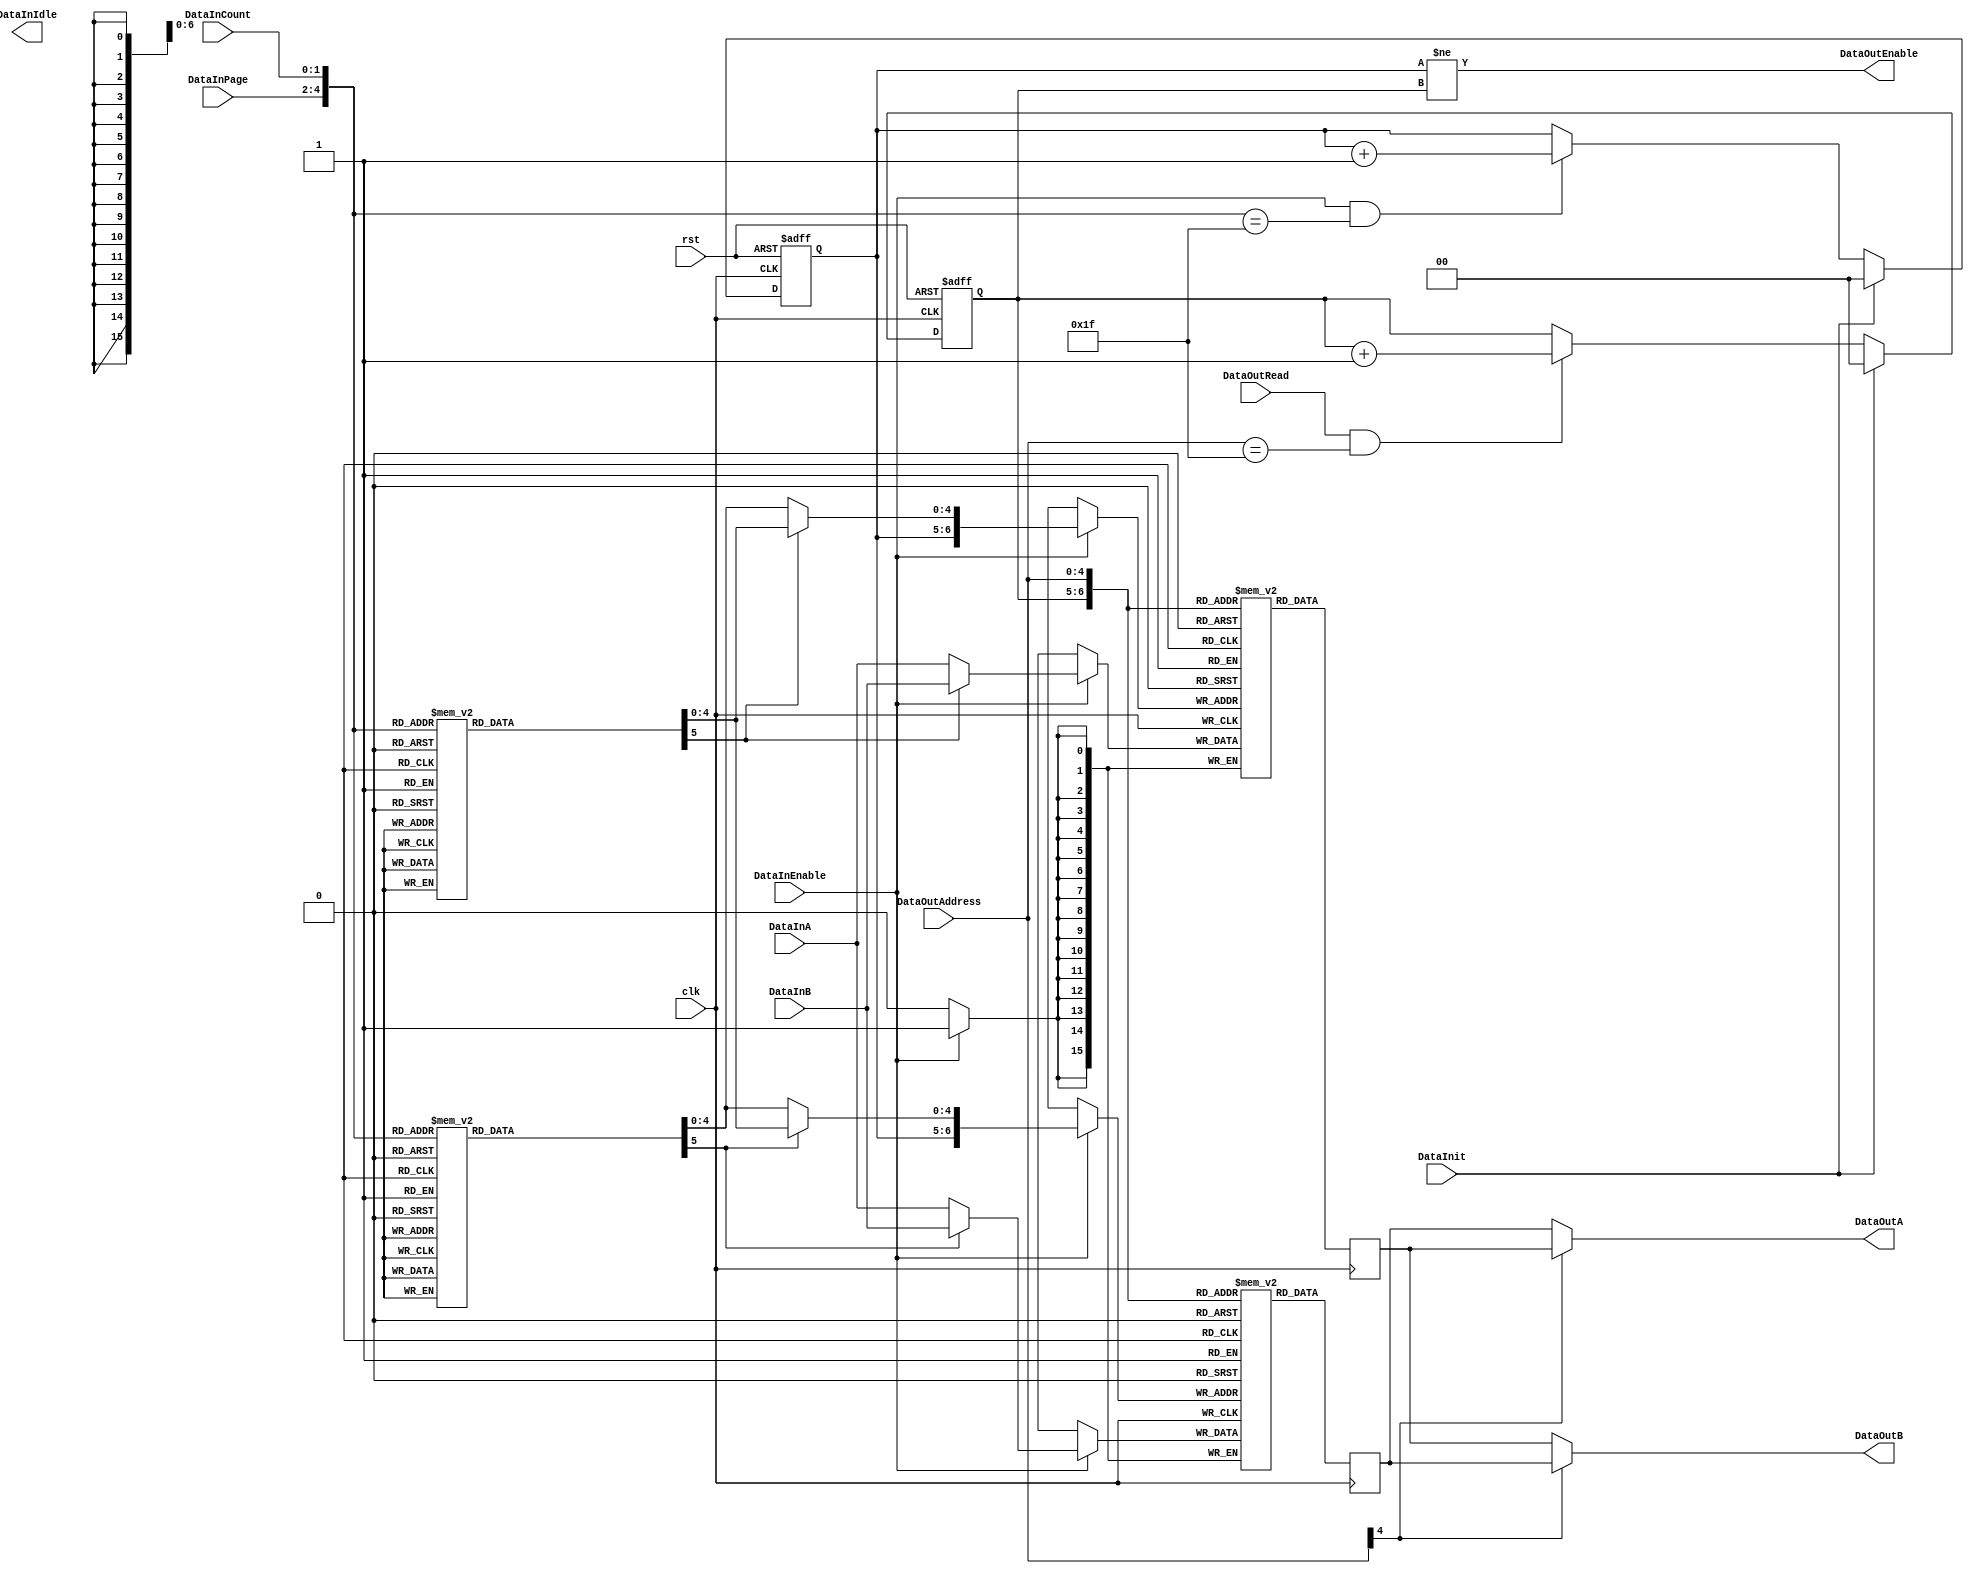
/*
* aq_djpeg_idctb.b
* Copyright (C)2006-2013 H.Ishihara
*
* License: The Open Software License 3.0
* License URI: http://www.opensource.org/licenses/OSL-3.0
*
* For further information please contact.
*   http://www.aquaxis.com/
*   info(at)aquaxis.com or hidemi(at)sweetcafe.jp
*/
`timescale 1ps / 1ps

module aq_djpeg_idctb(
    input           clk,
    input           rst,

    input           DataInit,

    input           DataInEnable,
    input [2:0]     DataInPage,
    input [1:0]     DataInCount,
    output          DataInIdle,
    input [15:0]    DataInA,
    input [15:0]    DataInB,

    output          DataOutEnable,
    input           DataOutRead,
    input [4:0]     DataOutAddress,
    output [15:0]   DataOutA,
    output [15:0]   DataOutB
);
    wire [4:0]      DataInAddress;
    reg [1:0]       WriteBank, ReadBank;

    assign DataInAddress = {DataInPage, DataInCount};

    // Bank
    always @(posedge clk or negedge rst) begin
        if(!rst) begin
            WriteBank <= 2'd0;
            ReadBank <= 2'd0;
        end else begin
            if(DataInit) begin
                WriteBank <= 2'd0;
            end else if(DataInEnable && (DataInAddress == 5'h1F)) begin
                WriteBank <= WriteBank + 2'd1;
            end
            if(DataInit) begin
                ReadBank <= 2'd0;
            end else if(DataOutRead && (DataOutAddress == 5'h1F)) begin
                ReadBank <= ReadBank + 2'd1;
            end
        end
    end

    wire [5:0]  WriteQueryA, WriteQueryB;

    // Make a Write Address
    function [5:0] F_WriteQueryA;
        input [4:0] Count;
        case(Count)
            5'd0:  F_WriteQueryA = {1'd0, 5'd0};    // 0
            5'd1:  F_WriteQueryA = {1'd0, 5'd4};    // 1
            5'd2:  F_WriteQueryA = {1'd0, 5'd8};    // 2
            5'd3:  F_WriteQueryA = {1'd0, 5'd12};   // 3
            5'd4:  F_WriteQueryA = {1'd0, 5'd2};    // 8
            5'd5:  F_WriteQueryA = {1'd0, 5'd6};    // 9
            5'd6:  F_WriteQueryA = {1'd0, 5'd10};   // 10
            5'd7:  F_WriteQueryA = {1'd0, 5'd14};   // 11
            5'd8:  F_WriteQueryA = {1'd0, 5'd1};    // 16
            5'd9:  F_WriteQueryA = {1'd0, 5'd5};    // 17
            5'd10: F_WriteQueryA = {1'd0, 5'd9};    // 18
            5'd11: F_WriteQueryA = {1'd0, 5'd13};   // 19
            5'd12: F_WriteQueryA = {1'd1, 5'd3};    // 24
            5'd13: F_WriteQueryA = {1'd1, 5'd7};    // 25
            5'd14: F_WriteQueryA = {1'd1, 5'd11};   // 26
            5'd15: F_WriteQueryA = {1'd1, 5'd15};   // 27
            5'd16: F_WriteQueryA = {1'd1, 5'd0};    // 32
            5'd17: F_WriteQueryA = {1'd1, 5'd4};    // 33
            5'd18: F_WriteQueryA = {1'd1, 5'd8};    // 34
            5'd19: F_WriteQueryA = {1'd1, 5'd12};   // 35
            5'd20: F_WriteQueryA = {1'd0, 5'd3};    // 40
            5'd21: F_WriteQueryA = {1'd0, 5'd7};    // 41
            5'd22: F_WriteQueryA = {1'd0, 5'd11};   // 42
            5'd23: F_WriteQueryA = {1'd0, 5'd15};   // 43
            5'd24: F_WriteQueryA = {1'd1, 5'd1};    // 48
            5'd25: F_WriteQueryA = {1'd1, 5'd5};    // 49
            5'd26: F_WriteQueryA = {1'd1, 5'd9};    // 50
            5'd27: F_WriteQueryA = {1'd1, 5'd13};   // 51
            5'd28: F_WriteQueryA = {1'd1, 5'd2};    // 56
            5'd29: F_WriteQueryA = {1'd1, 5'd6};    // 57
            5'd30: F_WriteQueryA = {1'd1, 5'd10};   // 58
            5'd31: F_WriteQueryA = {1'd1, 5'd14};   // 59
        endcase
    endfunction

    function [5:0] F_WriteQueryB;
        input [4:0] Count;
        case(Count)
            5'd0:  F_WriteQueryB = {1'd1, 5'd28};   // 7
            5'd1:  F_WriteQueryB = {1'd1, 5'd24};   // 6
            5'd2:  F_WriteQueryB = {1'd1, 5'd20};   // 5
            5'd3:  F_WriteQueryB = {1'd1, 5'd16};   // 4
            5'd4:  F_WriteQueryB = {1'd1, 5'd30};   // 15
            5'd5:  F_WriteQueryB = {1'd1, 5'd26};   // 14
            5'd6:  F_WriteQueryB = {1'd1, 5'd22};   // 13
            5'd7:  F_WriteQueryB = {1'd1, 5'd18};   // 12
            5'd8:  F_WriteQueryB = {1'd1, 5'd29};   // 23
            5'd9:  F_WriteQueryB = {1'd1, 5'd25};   // 22
            5'd10: F_WriteQueryB = {1'd1, 5'd21};   // 21
            5'd11: F_WriteQueryB = {1'd1, 5'd17};   // 20
            5'd12: F_WriteQueryB = {1'd0, 5'd31};   // 31
            5'd13: F_WriteQueryB = {1'd0, 5'd27};   // 30
            5'd14: F_WriteQueryB = {1'd0, 5'd23};   // 29
            5'd15: F_WriteQueryB = {1'd0, 5'd19};   // 28
            5'd16: F_WriteQueryB = {1'd0, 5'd28};   // 39
            5'd17: F_WriteQueryB = {1'd0, 5'd24};   // 38
            5'd18: F_WriteQueryB = {1'd0, 5'd20};   // 37
            5'd19: F_WriteQueryB = {1'd0, 5'd16};   // 36
            5'd20: F_WriteQueryB = {1'd1, 5'd31};   // 47
            5'd21: F_WriteQueryB = {1'd1, 5'd27};   // 46
            5'd22: F_WriteQueryB = {1'd1, 5'd23};   // 45
            5'd23: F_WriteQueryB = {1'd1, 5'd19};   // 44
            5'd24: F_WriteQueryB = {1'd0, 5'd29};   // 55
            5'd25: F_WriteQueryB = {1'd0, 5'd25};   // 54
            5'd26: F_WriteQueryB = {1'd0, 5'd21};   // 53
            5'd27: F_WriteQueryB = {1'd0, 5'd17};   // 52
            5'd28: F_WriteQueryB = {1'd0, 5'd30};   // 63
            5'd29: F_WriteQueryB = {1'd0, 5'd26};   // 62
            5'd30: F_WriteQueryB = {1'd0, 5'd22};   // 61
            5'd31: F_WriteQueryB = {1'd0, 5'd18};   // 60
        endcase
    endfunction

    assign WriteQueryA = F_WriteQueryA(DataInAddress);
    assign WriteQueryB = F_WriteQueryB(DataInAddress);

    // RAM(16bit x 32word x 2Bank)
    reg [15:0]  MemoryA  [0:127];
    reg [15:0]  MemoryB  [0:127];

    wire [6:0]  WriteAddressA, WriteAddressB;
    wire [15:0] WriteDataA, WriteDataB;

    assign WriteAddressA = {WriteBank, (WriteQueryA[5])?WriteQueryB[4:0]:WriteQueryA[4:0]};
    assign WriteAddressB = {WriteBank, (WriteQueryB[5])?WriteQueryB[4:0]:WriteQueryA[4:0]};

    assign WriteDataA = (WriteQueryA[5])?DataInB:DataInA;
    assign WriteDataB = (WriteQueryB[5])?DataInB:DataInA;

    // Port A(Write Only)
    always @(posedge clk) begin
        if(DataInEnable) MemoryA[WriteAddressA] <= WriteDataA;
        if(DataInEnable) MemoryB[WriteAddressB] <= WriteDataB;
    end

    reg [15:0]  RegMemoryA, RegMemoryB;

    // Port B(Read/Wirte)
    always @(posedge clk) begin
        RegMemoryA <= MemoryA[{ReadBank, DataOutAddress}];
        RegMemoryB <= MemoryB[{ReadBank, DataOutAddress}];
    end

    assign DataOutEnable    = (WriteBank != ReadBank);
    assign DataOutA         = (DataOutAddress[4])?RegMemoryB:RegMemoryA;
    assign DataOutB         = (DataOutAddress[4])?RegMemoryA:RegMemoryB;

endmodule